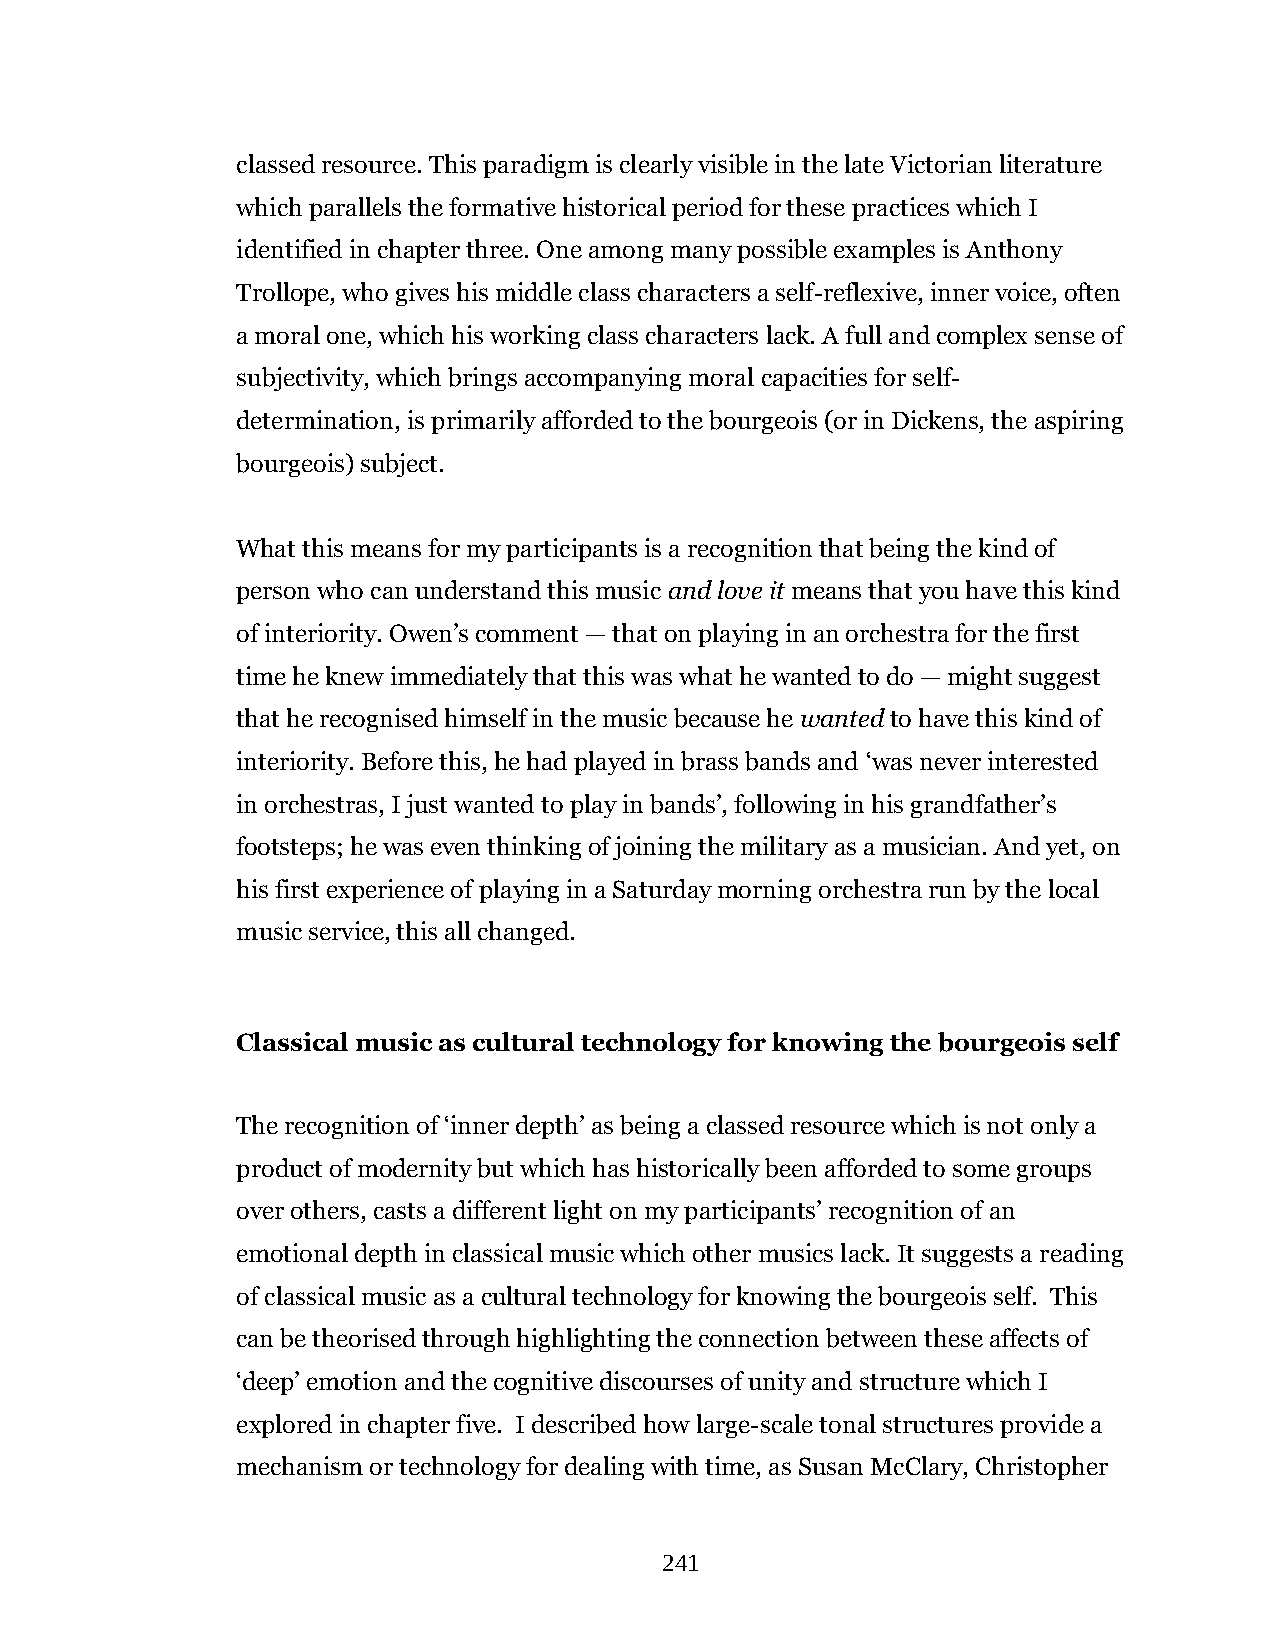
classed resource. This paradigm is clearly visible in the late Victorian literature
 which parallels the formative historical period for these practices which I
 identified in chapter three. One among many possible examples is Anthony
 Trollope, who gives his middle class characters a self-reflexive, inner voice, often
 a moral one, which his working class characters lack. A full and complex sense of
 subjectivity, which brings accompanying moral capacities for self-
 determination, is primarily afforded to the bourgeois (or in Dickens, the aspiring
 bourgeois) subject.
 What this means for my participants is a recognition that being the kind of
 person who can understand this music and love it means that you have this kind
 of interiority. Owen’s comment — that on playing in an orchestra for the first
 time he knew immediately that this was what he wanted to do — might suggest
 that he recognised himself in the music because he wanted to have this kind of
 interiority. Before this, he had played in brass bands and ‘was never interested
 in orchestras, I just wanted to play in bands’, following in his grandfather’s
 footsteps; he was even thinking of joining the military as a musician. And yet, on
 his first experience of playing in a Saturday morning orchestra run by the local
 music service, this all changed.
 Classical music as cultural technology for knowing the bourgeois self
 The recognition of ‘inner depth’ as being a classed resource which is not only a
 product of modernity but which has historically been afforded to some groups
 over others, casts a different light on my participants’ recognition of an
 emotional depth in classical music which other musics lack. It suggests a reading
 of classical music as a cultural technology for knowing the bourgeois self. This
 can be theorised through highlighting the connection between these affects of
 ‘deep’ emotion and the cognitive discourses of unity and structure which I
 explored in chapter five. I described how large-scale tonal structures provide a
 mechanism or technology for dealing with time, as Susan McClary, Christopher
 241